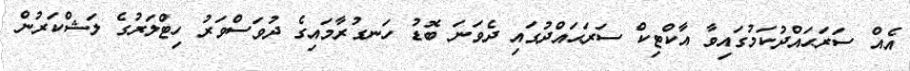
އެއް ސަރަޙައްދުކަމުގައިވާ އާކްޓިކް ސަރަޙައްދުގައި ދެވަނަ ބޮޑު ހަނގުރާމައިގެ ދުވަސްވަރު ހިޓްލަރުގެ ލަޝްކަރުން